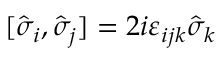
[ \hat { \sigma } _ { i } , \hat { \sigma } _ { j } ] = 2 i \varepsilon _ { i j k } \hat { \sigma } _ { k }